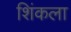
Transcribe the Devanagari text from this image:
शिंकला